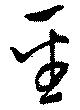
聖